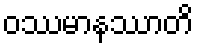
ဝဿမာနဿာတိ